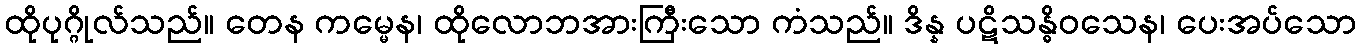
ထိုပုဂ္ဂိုလ်သည်။ တေန ကမ္မေန၊ ထိုလောဘအားကြီးသော ကံသည်။ ဒိန္န ပဋိသန္ဓိဝသေန၊ ပေးအပ်သော